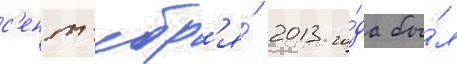
с'ент'ябр'я́ 2013 го́да бы́л